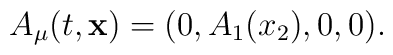
A_{\mu} (t, {\bf x}) = (0, A_1 (x_2), 0, 0).